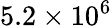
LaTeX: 5.2\times{{10}^{6}}